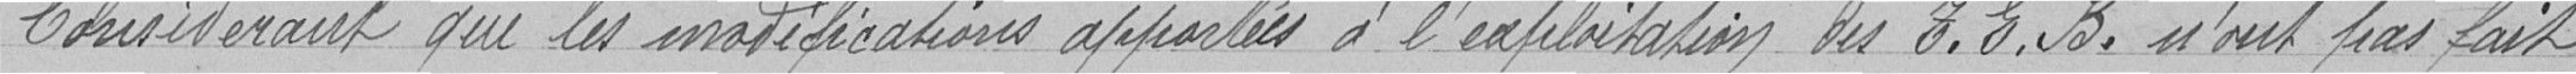
Considérant que les modifications apportées à l'exploitation des T.E.B. n'ont pas fait